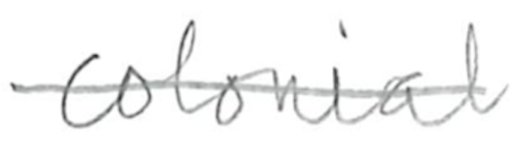
Text: colonial
Cross-out: single-line
Writing tool: pencil